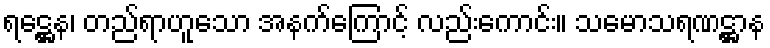
ရဋ္ဌေန၊ တည်ရာဟူသော အနက်ကြောင့် လည်းကောင်း။ သမောသရဏဋ္ဌာန